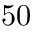
5 0